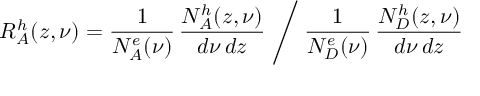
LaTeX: R _ { A } ^ { h } ( z , \nu ) = \frac { 1 } { N _ { A } ^ { e } ( \nu ) } \, \frac { N _ { A } ^ { h } ( z , \nu ) } { d \nu \, d z } \Biggm / \frac { 1 } { N _ { D } ^ { e } ( \nu ) } \, \frac { N _ { D } ^ { h } ( z , \nu ) } { d \nu \, d z }